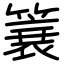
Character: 簔